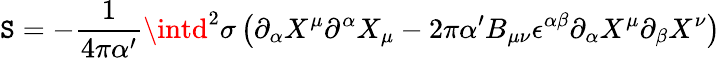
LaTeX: \mathtt{S}=-\frac{{1}}{{4\pi\alpha^{\prime}}}\intd^{2}{\sigma}\left(\partial_{\alpha}X^{\mu}\partial^{\alpha}X_{\mu}-2\pi\alpha^{\prime}B_{\mu\nu}\epsilon^{\alpha\beta}\partial_{\alpha}X^{\mu}\partial_{\beta}X^{\nu}\right)